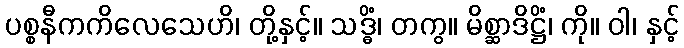
ပစ္စနီကကိလေသေဟိ၊ တို့နှင့်။ သဒ္ဓိံ၊ တကွ။ မိစ္ဆာဒိဋ္ဌိံ၊ ကို။ ဝါ၊ နှင့်